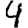
Digit: 4